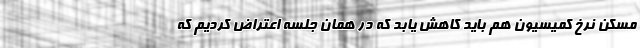
مسکن نرخ کمیسیون هم باید کاهش یابد که در همان جلسه اعتراض کردیم که